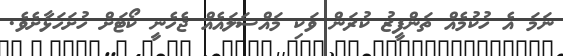
ނަމަ އެ ހުކުމެއް ތަންފީޒު ކުރަން ވަކި މައްސަލައެއް ޖެހެނީ ކޯޓަށް ހުށަހަޅާށެވެ.